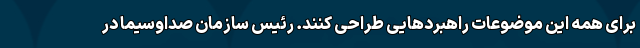
برای همه این موضوعات راهبردهایی طراحی کنند. رئیس سازمان صداوسیما در